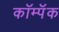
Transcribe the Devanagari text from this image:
कॉम्पॅक